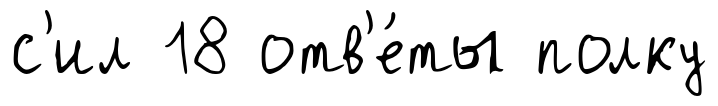
с'ил 18 отв'е́ты полку